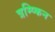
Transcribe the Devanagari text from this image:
त्रम्प्किन